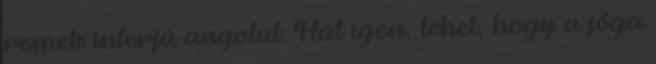
remek interjú angolul: Hát igen, lehet, hogy a jóga